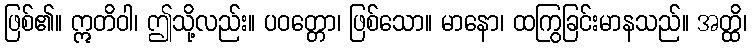
ဖြစ်၏။ ဣတိဝါ၊ ဤသို့လည်း။ ပဝတ္တော၊ ဖြစ်သော။ မာနော၊ ထကြွခြင်းမာနသည်။ အတ္ထိ၊